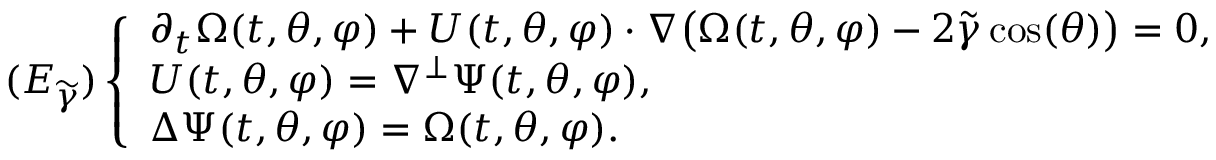
( E _ { \widetilde { \gamma } } ) \left\{ \begin{array} { l l } { \partial _ { t } \Omega ( t , \theta , \varphi ) + U ( t , \theta , \varphi ) \cdot \nabla \big ( \Omega ( t , \theta , \varphi ) - 2 \widetilde { \gamma } \cos ( \theta ) \big ) = 0 , } \\ { U ( t , \theta , \varphi ) = \nabla ^ { \perp } \Psi ( t , \theta , \varphi ) , } \\ { \Delta \Psi ( t , \theta , \varphi ) = \Omega ( t , \theta , \varphi ) . } \end{array} \right.